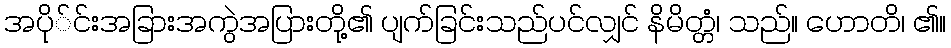
အပို်င်းအခြားအကွဲအပြားတို့၏ ပျက်ခြင်းသည်ပင်လျှင် နိမိတ္တံ၊ သည်။ ဟောတိ၊ ၏။